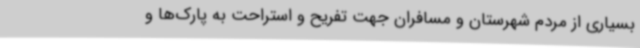
بسیاری از مردم شهرستان و مسافران جهت تفریح و استراحت به پارک‌ها و